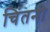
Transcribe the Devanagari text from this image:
चिंतनी